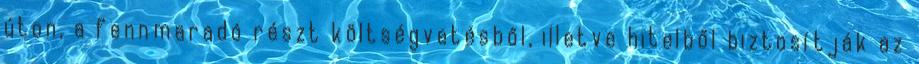
úton, a fennmaradó részt költségvetésből, illetve hitelből biztosítják az